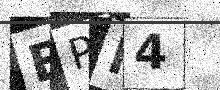
Text: EPR4